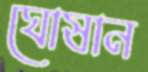
ঘোষান